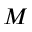
M